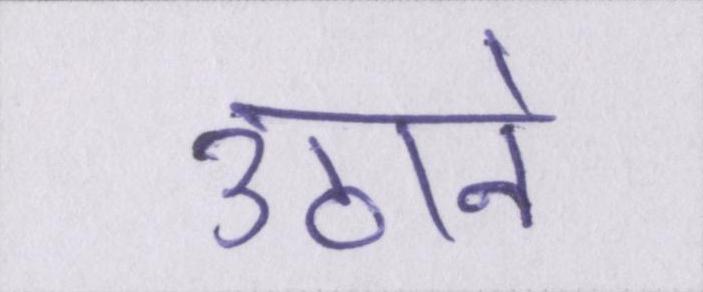
उठाने